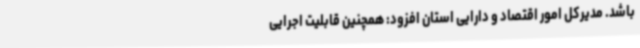
باشد. مدیرکل امور اقتصاد و دارایی استان افزود: همچنین قابلیت اجرایی